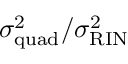
\sigma _ { \mathrm { q u a d } } ^ { 2 } / \sigma _ { \mathrm { R I N } } ^ { 2 }